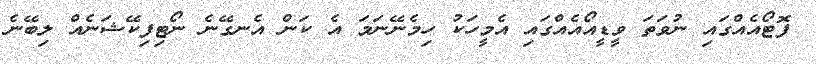
ފޮޓޯއެއްގައި ނުވަތަ ވީޑީއޯއެއްގައި އެމީހަކު ހިމެނޭނަމަ އެ ކަން އެނގޭނެ ނޯޓިފިކޭޝަނެއް ލިބޭނެ